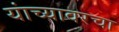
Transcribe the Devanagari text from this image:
यांच्यावरचा